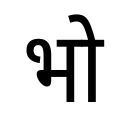
OCR:
भो